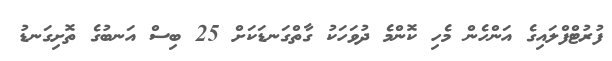
ފުރުޓްފްލައިގެ އަންހެން މެހި ކޮންމެ ދުވަހަކު ގާތްގަނޑަކަށް 25 ބިސް އަނބުގެ ތޮށިގަނޑު